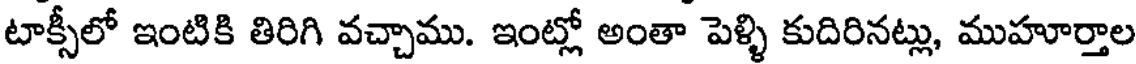
టాక్సీలో ఇంటికి తిరిగి వచ్చాము. ఇంట్లో అంతా పెళ్ళి కుదిరినట్లు, ముహూర్తాల